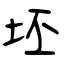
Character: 坯